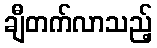
ချီတက်လာသည့်